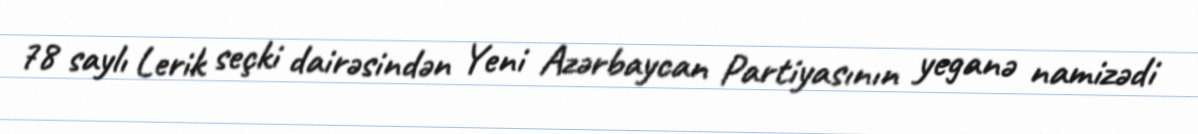
78 saylı Lerik seçki dairəsindən Yeni Azərbaycan Partiyasının yeganə namizədi